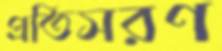
প্রতিসরণ